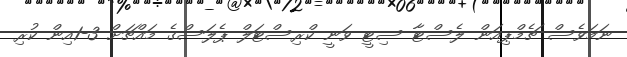
ނަމަވެސް ޗެމްޕިއަން ލެސްޓާ ސިޓީ ވަނީ ކްރިސްޓަލް ޕެލަސްގެ މައްޗަށް 3-1އިން ކުރި